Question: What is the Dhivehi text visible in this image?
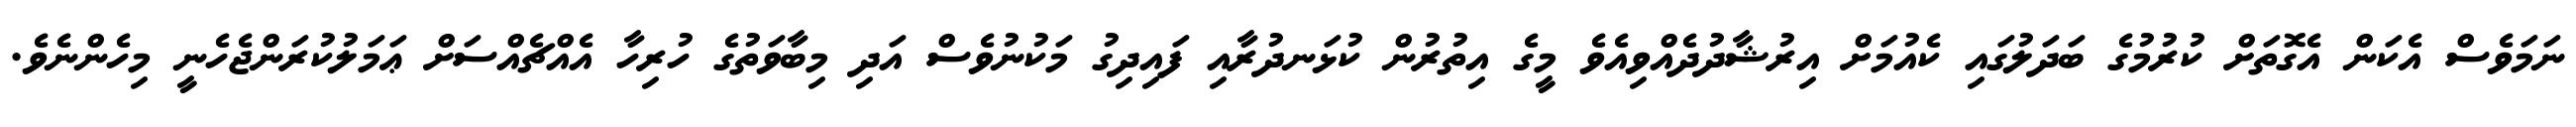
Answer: ނަމަވެސް އެކަން އެގޮތަށް ކުރުމުގެ ބަދަލުގައި ކެއުމަށް އިރުޝާދުދެއްވިއެވެ މީގެ އިތުރުން ކުޅަނދުރާއި ފައިދިގު މަކުނުވެސް އަދި މިބާވަތުގެ ހުރިހާ އެއްޗެއްސަށް ޢަމަލުކުރަންޖެހެނީ މިހެންނެވެ.